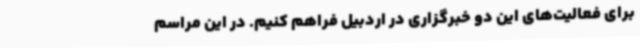
برای فعالیت‌های این دو خبرگزاری در اردبیل فراهم کنیم. در این مراسم